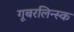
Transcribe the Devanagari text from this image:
गूबरलिन्स्क